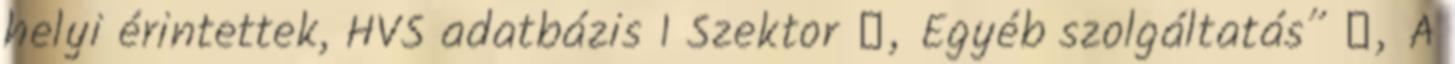
helyi érintettek, HVS adatbázis 1 Szektor ▪„Egyéb szolgáltatás” ▪„A